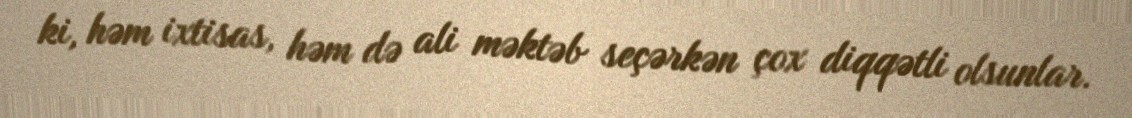
ki, həm ixtisas, həm də ali məktəb seçərkən çox diqqətli olsunlar.